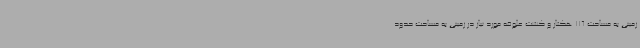
زمینی به مساحت 116 هکتار و کشت علوفه مورد نیاز در زمینی به مساحت حدود